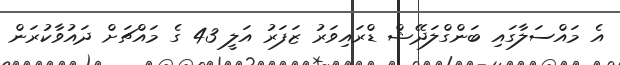
އެ މައްސަލާގައި ބަންގްލަދޭޝް ޑްރައިވަރު ޒަފަރު އަލީ 43 ގެ މައްޗަށް ދައުވާކުރަން